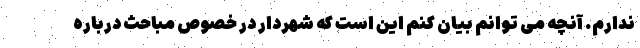
ندارم. آنچه می توانم بیان کنم این است که شهردار در خصوص مباحث درباره